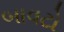
બાવટો